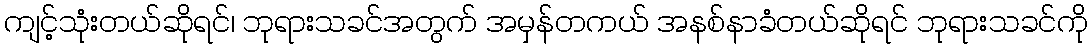
ကျင့်သုံးတယ်ဆိုရင်၊ ဘုရားသခင်အတွက် အမှန်တကယ် အနစ်နာခံတယ်ဆိုရင် ဘုရားသခင်ကို